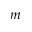
m